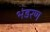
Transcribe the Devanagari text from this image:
भंडरण